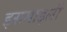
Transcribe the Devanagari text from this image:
इसमाइली